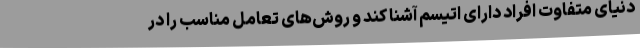
دنیای متفاوت افراد دارای اتیسم آشنا کند و روش‌های تعامل مناسب را در